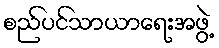
စည်ပင်သာယာရေးအဖွဲ့